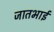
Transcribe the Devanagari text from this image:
जातभाई